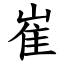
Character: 崔